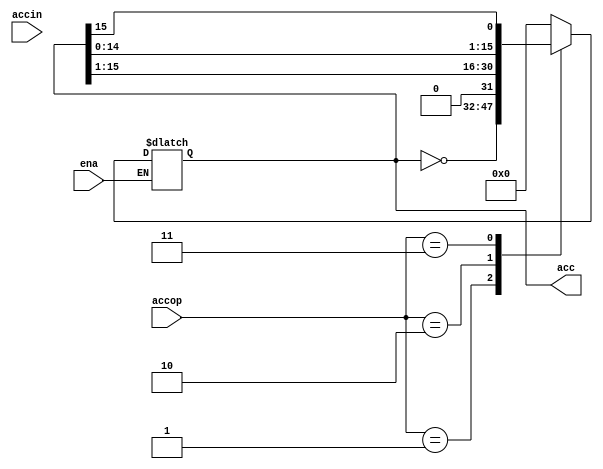
module acc(
	input ena, 
	input [1:0]accop, 
	input wire [15:0]accin, 
	output reg [15:0]acc
);
always @(*) begin
	if(ena ==1 )begin
	case(accop)
	2'b00: acc = 0;
	2'b01: acc = ~acc;
	2'b10: acc = acc>>1;
	2'b11: acc = {acc[14:0],acc[15]};
	default acc = accin;
	endcase
	end
end
endmodule